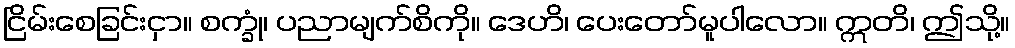
ငြိမ်းစေခြင်းငှာ။ စက္ခုံ၊ ပညာမျက်စိကို။ ဒေဟိ၊ ပေးတော်မူပါလော။ ဣတိ၊ ဤသို့။